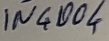
Text: IN4004